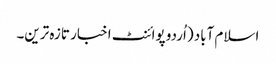
اسلام آباد (اُردو پوائنٹ اخبار تازہ ترین۔